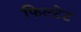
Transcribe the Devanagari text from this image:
फिल्टेट